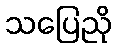
သပြေညို